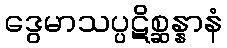
ဒွေမာသပ္ပဋိစ္ဆန္နာနံ